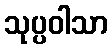
သုပ္ပဝါသာ